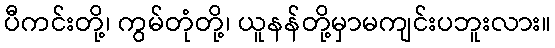
ပီကင်းတို့၊ ကွမ်တုံတို့၊ ယူနန်တို့မှာမကျင်းပဘူးလား။